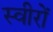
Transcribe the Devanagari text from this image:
स्वीरों